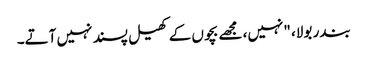
بندر بولا، "نہیں، مجھے بچوں کے کھیل پسند نہیں آتے۔